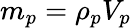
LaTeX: m_{p}=\rho_{p}V_{p}